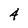
Character: 4